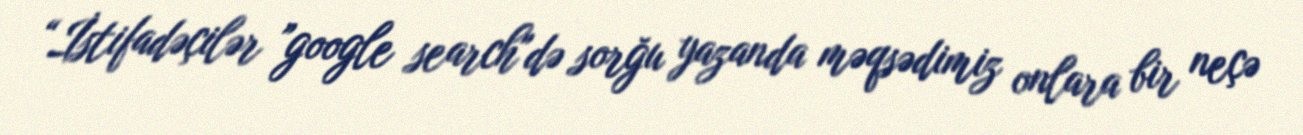
“İstifadəçilər ”google search"də sorğu yazanda məqsədimiz onlara bir neçə